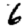
Digit: 6